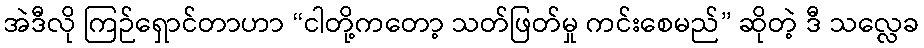
အဲဒီလို ကြဉ်ရှောင်တာဟာ “ငါတို့ကတော့ သတ်ဖြတ်မှု ကင်းစေမည်” ဆိုတဲ့ ဒီ သလ္လေခ